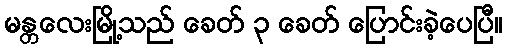
မန္တလေးမြို့သည် ခေတ် ၃ ခေတ် ပြောင်းခဲ့ပေပြီ။